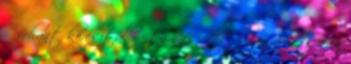
ő rohant keresztül rajtam és ettől vagy két órán